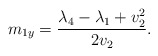
\begin{align*}m_{1y}=\frac{\lambda_4-\lambda_1+v_2^2}{2v_2}.\end{align*}